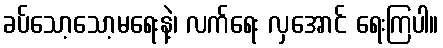
ခပ်သော့သော့မရေးနဲ့၊ လက်ရေး လှအောင် ရေးကြပါ။